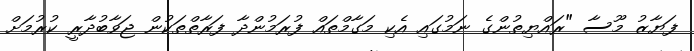
ފަޔާޒު މޫސާ "ރައްޔިތުންގެ ނަމުގައި އެކި މަގާމްތައް ފުރަމުންދާ ފަރާތްތަކުން ޖަވާބުދާރީ ކުރުމަށް